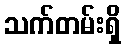
သက်တမ်းရှိ